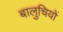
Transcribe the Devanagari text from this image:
बालुचियों